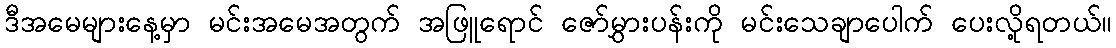
ဒီအမေများနေ့မှာ မင်းအမေအတွက် အဖြူရောင် ဇော်မွှားပန်းကို မင်းသေချာပေါက် ပေးလို့ရတယ်။